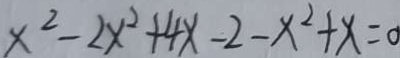
x ^ { 2 } - 2 x ^ { 2 } + 4 x - 2 - x ^ { 2 } + x = 0